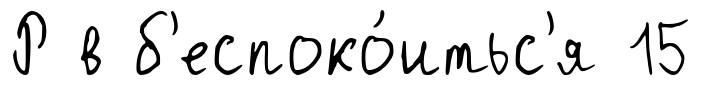
Р в б'еспоко́итьс'я 15